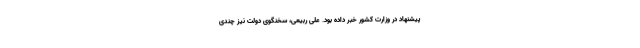
پیشنهاد در وزارت کشور خبر داده بود. علی ربیعی، سخنگوی دولت نیز چندی